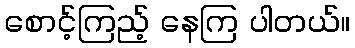
စောင့်ကြည့် နေကြ ပါတယ်။